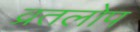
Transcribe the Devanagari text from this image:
व्रतलोप